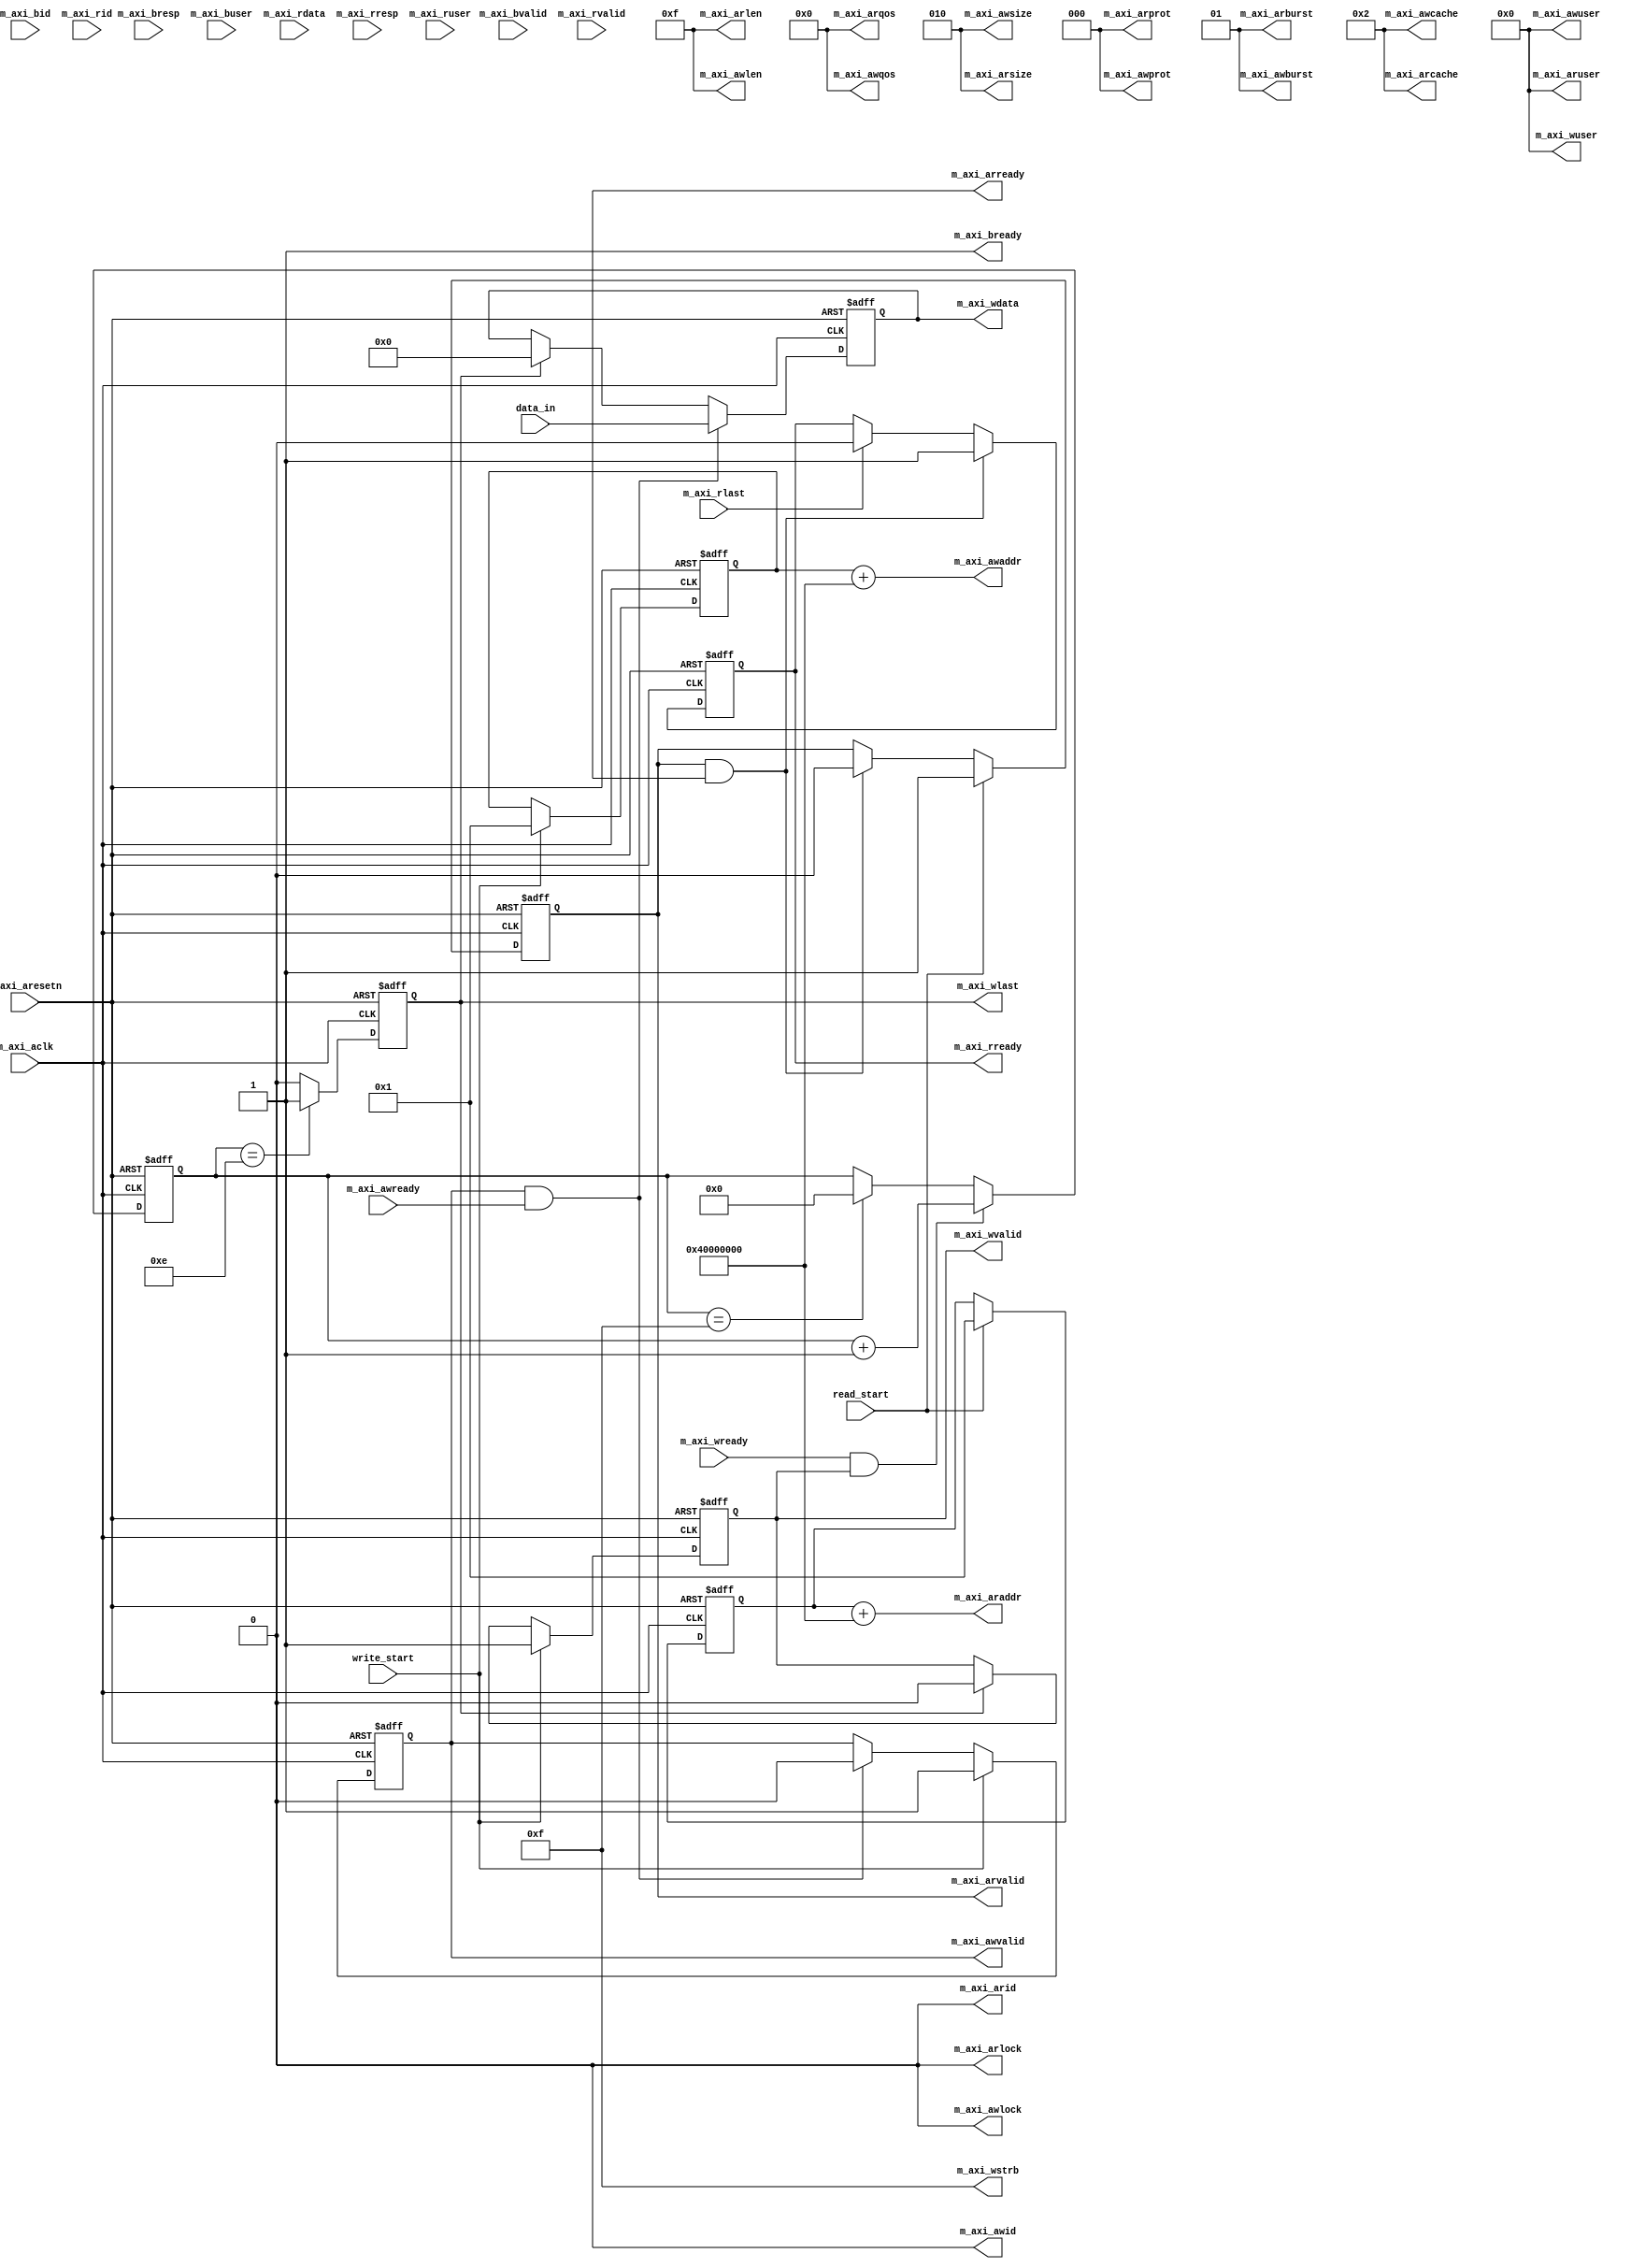
// This program was cloned from: https://github.com/MongooseOrion/FPGA_atoms
// License: MIT License

//
// 
/*  1. 
    2.  valid  ready 
    3. awvalid && awready 
    4. 
    5.  last 
    6. slave  bvalid  master  bready slave  bresp == 2'b00
    7. 
*/
// 
/*  1. 
    2. arvalid && arready 
    3.  master  last 
*/
// AXI Master Interface

module axi_master#(
    parameter M_SLAVE_BASE_ADDR = 32'h40_000_000,
    parameter M_AXI_BURST_LEN = 6'd16,
    parameter M_AXI_ID_WIDTH = 6'd1,
    parameter M_AXI_ADDR_WIDTH = 6'd32,
    parameter M_AXI_DATA_WIDTH = 6'd32,
    parameter M_AXI_AWUSER_WIDTH = 6'd0,
    parameter M_AXI_ARUSER_WIDTH = 6'd0,
    parameter M_AXI_WUSER_WIDTH = 6'd0,
    parameter M_AXI_RUSER_WIDTH = 6'd0,
    parameter M_AXI_BUSER_WIDTH = 6'd0
)(
    input                                   m_axi_aclk,
    input                                   m_axi_aresetn,

    input       [M_AXI_DATA_WIDTH-1'b1:0]   data_in,
    input                                   write_start,
    input                                   read_start,

    // 
    output      [M_AXI_ID_WIDTH-1'b1:0]     m_axi_awid,     //  ID
    output      [M_AXI_ADDR_WIDTH-1'b1:0]   m_axi_awaddr,   // 
    output      [7:0]                       m_axi_awlen,    // 
    output      [2:0]                       m_axi_awsize,   // 
    output      [1:0]                       m_axi_awburst,  // 
    output                                  m_axi_awlock,   // 
    output      [3:0]                       m_axi_awcache,  // 
    output      [2:0]                       m_axi_awprot,   // 
    output      [3:0]                       m_axi_awqos,    //  QOS 
    output      [M_AXI_AWUSER_WIDTH-1'b1:0] m_axi_awuser,   
    output                                  m_axi_awvalid,  // 
    input                                   m_axi_awready,  // 
    // 
    output      [M_AXI_DATA_WIDTH-1'b1:0]   m_axi_wdata,
    output      [M_AXI_DATA_WIDTH/8-1'b1:0] m_axi_wstrb,    // 
    output                                  m_axi_wlast,
    output      [M_AXI_WUSER_WIDTH-1'b1:0]  m_axi_wuser,
    output                                  m_axi_wvalid,
    input                                   m_axi_wready,
    // 
    input       [M_AXI_ID_WIDTH-1'b1:0]     m_axi_bid,      //  ID
    input       [1:0]                       m_axi_bresp,    // 
    input       [M_AXI_BUSER_WIDTH-1'b1:0]  m_axi_buser,
    input                                   m_axi_bvalid,   // 
    output                                  m_axi_bready,   // 
    // 
    output      [M_AXI_ID_WIDTH-1'b1:0]     m_axi_arid,
    output      [M_AXI_ADDR_WIDTH-1'b1:0]   m_axi_araddr,
    output      [7:0]                       m_axi_arlen,
    output      [2:0]                       m_axi_arsize,
    output      [1:0]                       m_axi_arburst,
    output                                  m_axi_arlock,
    output      [3:0]                       m_axi_arcache,
    output      [2:0]                       m_axi_arprot,
    output      [3:0]                       m_axi_arqos,
    output      [M_AXI_ARUSER_WIDTH-1'b1:0] m_axi_aruser,
    output                                  m_axi_arvalid,
    output                                  m_axi_arready,
    // 
    input       [M_AXI_ID_WIDTH-1'b1:0]     m_axi_rid,
    input       [M_AXI_DATA_WIDTH-1'b1:0]   m_axi_rdata,
    input       [1:0]                       m_axi_rresp,
    input                                   m_axi_rlast,
    input       [M_AXI_RUSER_WIDTH-1'b1:0]  m_axi_ruser,
    input                                   m_axi_rvalid,
    output                                  m_axi_rready
);

// 
function integer clogb2(input integer number);
begin
    for(clogb2 = 0; number > 0; clogb2 = clogb2 + 1)
        number = number >> 1;
end
endfunction

wire                            clk;
wire                            rst;

reg [M_AXI_ADDR_WIDTH-1'b1:0]   reg_m_axi_awaddr;
reg                             reg_m_axi_awvalid;
reg [M_AXI_DATA_WIDTH-1'b1:0]   reg_m_axi_wdata;
reg                             reg_m_axi_wlast;
reg                             reg_m_axi_wvalid;
reg [M_AXI_ADDR_WIDTH-1'b1:0]   reg_m_axi_araddr;
reg                             reg_m_axi_arvalid;
reg                             reg_m_axi_rready;
reg [M_AXI_DATA_WIDTH-1'b1:0]   reg_m_axi_rdata;
reg                             reg_m_axi_rlast;

//reg                             write_start;
reg [7:0]                       burst_data_cnt;
//reg                             read_start;

assign m_axi_awid = 'b0;
assign m_axi_awaddr = reg_m_axi_awaddr + M_SLAVE_BASE_ADDR;
assign m_axi_awvalid = reg_m_axi_awvalid;
assign m_axi_awlen = M_AXI_BURST_LEN - 1'b1;
assign m_axi_awsize = clogb2((M_AXI_DATA_WIDTH/8) - 1'b1);  // 000:1, 001:2, 010:4, 011:8, 100: 16
assign m_axi_awburst = 2'b01;                               // 00:, 01:
assign m_axi_awlock = 1'b0;
assign m_axi_awcache = 4'b0010;                             // 0010: buffer
assign m_axi_awprot = 3'b0;                                 // 000:
assign m_axi_awqos = 4'b0;
assign m_axi_awuser = 'b0;

assign m_axi_wdata = reg_m_axi_wdata;
assign m_axi_wstrb = {(M_AXI_DATA_WIDTH/8){1'b1}};
assign m_axi_wlast = reg_m_axi_wlast;
assign m_axi_wuser = 'b0;
assign m_axi_wvalid = reg_m_axi_wvalid;

assign m_axi_bready = 1'b1;

assign m_axi_arid = 'b0;
assign m_axi_araddr = reg_m_axi_araddr + M_SLAVE_BASE_ADDR;
assign m_axi_arlen = M_AXI_BURST_LEN - 1'b1;
assign m_axi_arsize = clogb2((M_AXI_DATA_WIDTH/8) - 1'b1);
assign m_axi_arburst = 2'b01;
assign m_axi_arlock = 1'b0;
assign m_axi_arcache = 4'b0010;
assign m_axi_arprot = 3'b0;
assign m_axi_arqos = 4'b0;
assign m_axi_aruser = 'b0;
assign m_axi_arvalid = reg_m_axi_arvalid;

assign m_axi_rready = reg_m_axi_rready;

assign clk = m_axi_aclk;
assign rst = m_axi_aresetn;


// 
always @(posedge clk or negedge rst) begin
    if(!rst) begin
        reg_m_axi_awvalid <= 'b0;
    end
    else if(write_start) begin              // 
        reg_m_axi_awvalid <= 1'b1;
    end
    else if((m_axi_awvalid == 1'b1) && (m_axi_awready == 1'b1)) begin
        reg_m_axi_awvalid <= 1'b0;
    end
    else begin
        reg_m_axi_awvalid <= reg_m_axi_awvalid;
    end
end


//  1
always @(posedge clk or negedge rst) begin
    if(!rst) begin
        reg_m_axi_awaddr <= 'b0;
    end
    else if(write_start) begin
        reg_m_axi_awaddr <= 'd1;
    end
    else begin
        reg_m_axi_awaddr <= reg_m_axi_awaddr;
    end
end


//  awvalid  awready 
always @(posedge clk or negedge rst) begin
    if(!rst) begin
        reg_m_axi_wvalid <= 'b0;
    end
    else if(write_start) begin      //  awvalid 
        reg_m_axi_wvalid <= 1'b1;
    end
    else if(m_axi_wlast) begin
        reg_m_axi_wvalid <= 1'b0;
    end
    else begin
        reg_m_axi_wvalid <= reg_m_axi_wvalid;
    end
end


// 
always @(posedge clk or negedge rst) begin
    if(!rst) begin
        reg_m_axi_wdata <= 'b0;
    end
    else if((m_axi_awvalid == 1'b1) && (m_axi_awready == 1'b1)) begin
        reg_m_axi_wdata <= data_in;
    end
    else if(m_axi_wlast) begin
        reg_m_axi_wdata <= 'b0;
    end
    else begin
        reg_m_axi_wdata <= reg_m_axi_wdata;
    end
end


// 
//  4 
always @(posedge clk or negedge rst) begin
    if(!rst) begin
        burst_data_cnt <= 8'b0;
    end
    else if((m_axi_wready == 1'b1) && (m_axi_wvalid == 1'b1)) begin
        burst_data_cnt <= burst_data_cnt + 1'b1;
    end
    else if(burst_data_cnt == M_AXI_BURST_LEN - 1'b1) begin
        burst_data_cnt <= 8'b0;
    end
end

// 
always @(posedge clk or negedge rst) begin
    if(!rst) begin
        reg_m_axi_wlast <= 'b0;
    end
    else if(burst_data_cnt == M_AXI_BURST_LEN - 2'd2) begin
        reg_m_axi_wlast <= 1'b1;
    end
    else begin
        reg_m_axi_wlast <= 1'b0;
    end
end


// 


// 
always @(posedge clk or negedge rst) begin
    if(!rst) begin
        reg_m_axi_arvalid <= 'b0;
    end
    else if(read_start) begin
        reg_m_axi_arvalid <= 1'b1;
    end
    else if((m_axi_arvalid == 1'b1) && (m_axi_arready == 1'b1)) begin
        reg_m_axi_arvalid <= 1'b0;
    end
    else begin
        reg_m_axi_arvalid <= reg_m_axi_arvalid;
    end
end


// 
always @(posedge clk or negedge rst) begin
    if(!rst) begin
        reg_m_axi_araddr <= 'b0;
    end
    else if(read_start) begin
        reg_m_axi_araddr <= 'b1;
    end
    else begin
        reg_m_axi_araddr <= reg_m_axi_araddr;
    end
end


// 
always @(posedge clk or negedge rst) begin
    if(!rst) begin
        reg_m_axi_rready <= 'b0;
    end
    else if((m_axi_arvalid == 1'b1) && (m_axi_arready == 1'b1)) begin
        reg_m_axi_rready <= 1'b1;
    end
    else if(m_axi_rlast) begin
        reg_m_axi_rready <= 1'b0;
    end
end


// 
always @(posedge clk or negedge rst) begin
    if(!rst) begin
        reg_m_axi_rdata <= 'b0;
    end
    else if((m_axi_rvalid == 1'b1) && (m_axi_rready == 1'b1)) begin
        reg_m_axi_rdata <= m_axi_rdata;
    end
    else begin
        reg_m_axi_rdata <= reg_m_axi_rdata;
    end
end



endmodule